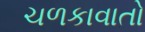
ચળકાવાતો